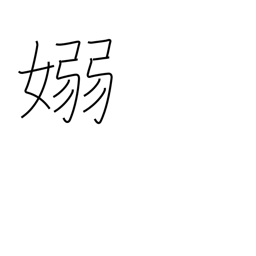
Meaning: pliant